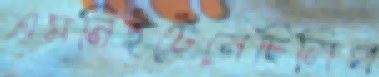
এমনিইটেনেছিলিপ